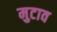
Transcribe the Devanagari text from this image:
मुटाव